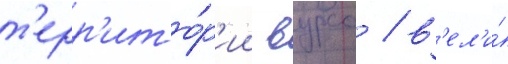
т'ерр'ито́р'ии вурса / в'ел'и́